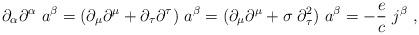
LaTeX: \begin{align*}\partial_{\alpha}\partial^{\alpha} \ a^{\beta}=(\partial_{\mu}\partial^{\mu}+\partial_{\tau}\partial^{\tau}) \ a^{\beta}=(\partial_{\mu}\partial^{\mu}+ \sigma \; \partial_{\tau}^2) \ a^{\beta} = -\frac{e}{c} \ j^{\beta} \ ,\end{align*}